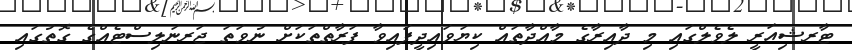
ޓާރޝިއަރީ ލެވެލްގައި މި ދާއިރާގެ މާއްދާތައް ކިޔަވައިދީފައިވާ ފަރާތްތަކަށް ނުވަތަ ޖަރނަލިސްޓެއްގެ ގޮތުގައި